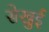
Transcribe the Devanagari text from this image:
सेखुई